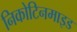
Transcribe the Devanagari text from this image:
निकोटिनमाइड